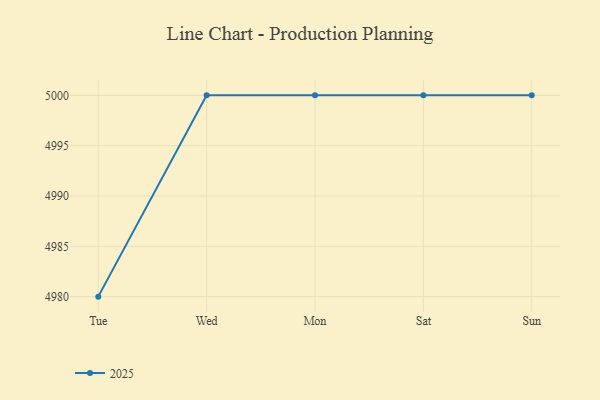
{"axis": {"x": "Day", "y": "Page Views"}, "legend": ["2025"], "data": [{"x": "Tue", "y": 4980.0, "type": "2025"}, {"x": "Wed", "y": 5000, "type": "2025"}, {"x": "Mon", "y": 5000, "type": "2025"}, {"x": "Sat", "y": 5000, "type": "2025"}, {"x": "Sun", "y": 5000, "type": "2025"}]}